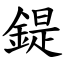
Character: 鍉